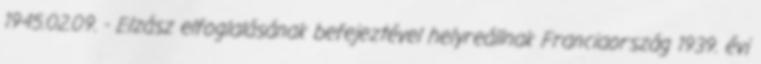
1945.02.09. - Elzász elfoglalásának befejeztével helyreállnak Franciaország 1939. évi